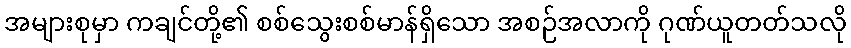
အများစုမှာ ကချင်တို့၏ စစ်သွေးစစ်မာန်ရှိသော အစဉ်အလာကို ဂုဏ်ယူတတ်သလို